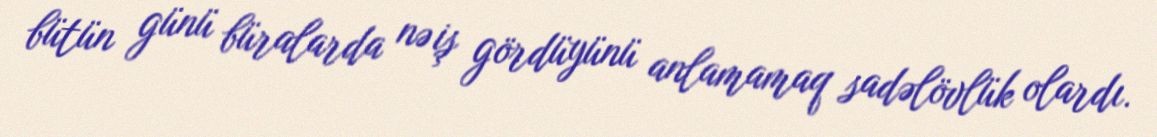
bütün günü büralarda nə iş gördüyünü anlamamaq sadəlövlük olardı.